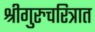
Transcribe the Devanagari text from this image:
श्रीगुरुचरित्रात